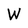
Character: W